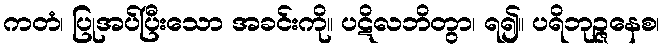
ကတံ၊ ပြုအပ်ပြီးသော အခင်းကို။ ပဋိလဘိတွာ၊ ရ၍။ ပရိဘုဉ္ဇနေစ၊